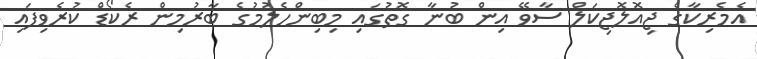
އެމެރިކާގެ ޖިއޮލޮޖިކަލް ސާވޭ އިން ބުނާ ގޮތުގައި މިބިންހެލުމުގެ ބާރުމިން ރެކޯޑް ކުރެވިފައި